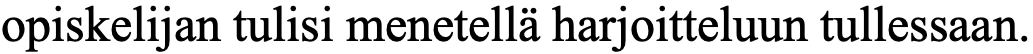
opiskelijan tulisi menetellä harjoitteluun tullessaan.